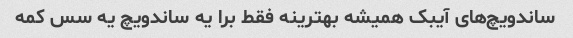
ساندویچ‌های آیبک همیشه بهترینه فقط برا یه ساندویچ یه سس کمه